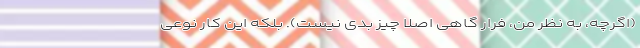
(اگرچه، به نظر من، فرار گاهی اصلاً چیز بدی نیست). بلکه این کار نوعی